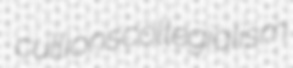
cullions collegialism